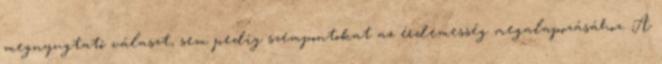
megnyugtató választ, sem pedig szempontokat az érdemesség megalapozásához. A